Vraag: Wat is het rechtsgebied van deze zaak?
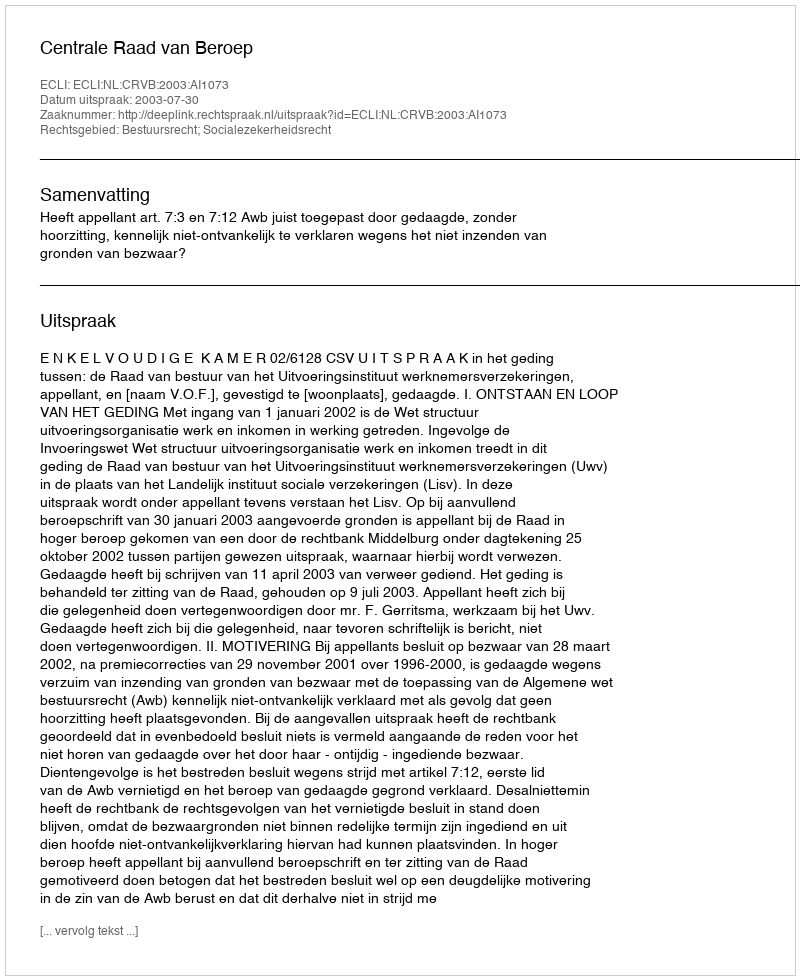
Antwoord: Bestuursrecht; Socialezekerheidsrecht